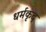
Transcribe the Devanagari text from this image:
धर्मकृद